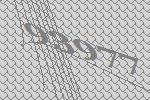
93977